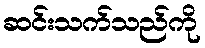
ဆင်းသက်သည်ကို